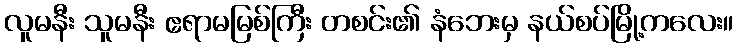
လူမနီး သူမနီး ဧရာမမြစ်ကြီး တစင်း၏ နံဘေးမှ နယ်စပ်မြို့ကလေး။